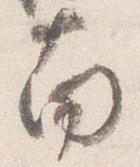
南